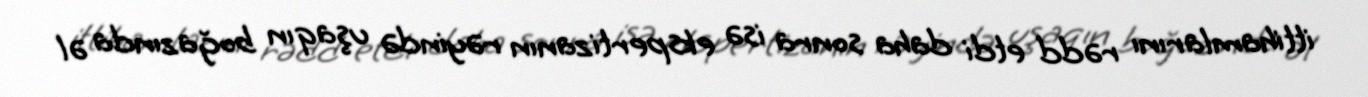
ittihamlarını rədd etdi daha sonra isə ekspertizanın rəyində uşaqın boğazında əl